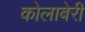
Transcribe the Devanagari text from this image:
कोलाबेरी